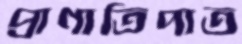
প্রাণাতিপাত